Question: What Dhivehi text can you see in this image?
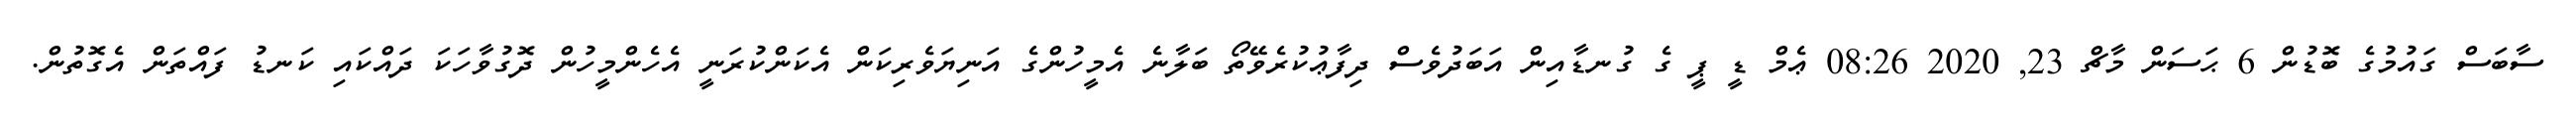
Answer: ސާބަސް ގައުމުގެ ބޮޑުން 6 ޙަސަން މާޗް 23, 2020 08:26 ޢެމް ޑީ ޕީ ގެ ގުނޑާއިން އަބަދުވެސް ދިފާޢުކުރެވޭތޯ ބަލާނެ އެމީހުންގެ އަނިޔަވެރިކަން އެކަންކުރަނީ އެހެންމީހުން ދޮގުވާހަކަ ދައްކައި ކަނޑު ފައްތަން އެގޮތުން.